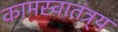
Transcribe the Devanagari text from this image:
कामस्वातंत्र्य